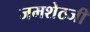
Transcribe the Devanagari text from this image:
जमशेठजी